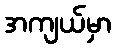
အကျယ်မှာ